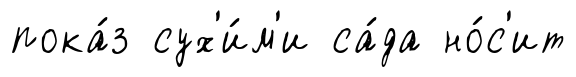
пока́з сух'и́м'и са́да но́с'ит